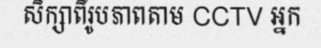
សិក្សាពីរូបភាពតាម CCTV អ្នក